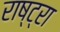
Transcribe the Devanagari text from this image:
राष्ट्रा